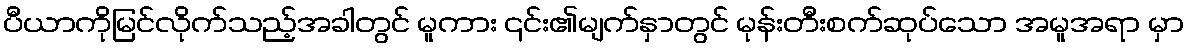
ပီယာကိုမြင်လိုက်သည့်အခါတွင် မူကား ၎င်း၏မျက်နှာတွင် မုန်းတီးစက်ဆုပ်သော အမူအရာ မှာ